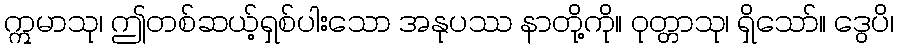
ဣမာသု၊ ဤတစ်ဆယ့်ရှစ်ပါးသော အနုပဿ နာတို့ကို။ ဝုတ္တာသု၊ ရှိသော်။ ဒွေပိ၊